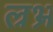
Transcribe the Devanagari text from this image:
ल्रभ्र